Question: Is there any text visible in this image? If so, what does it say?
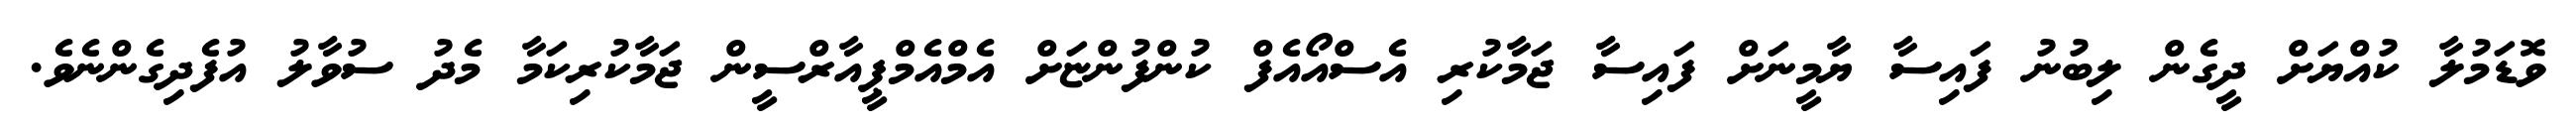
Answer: ވޮޑަމުލާ ކުއްޔަށް ދީގެން ލިބުނު ފައިސާ ޔާމީނަށް ފައިސާ ޖަމާކުރި އެސްއޯއެފް ކުންފުންޏަށް އެމްއެމްޕީއާރްސީން ޖަމާކުރިކަމާ މެދު ސުވާލު އުފެދިގެންނެވެ.